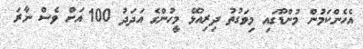
އެހެންކަމުން މުންޑޫގައި މިވަގުތު ދިރިއުޅޭ މީހުންގެ އަދަދު 100 އަށް ވެސް ނާރަ